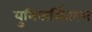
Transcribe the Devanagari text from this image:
युनिवार्सितरण